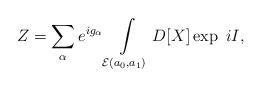
LaTeX: \begin{align*}Z = \sum\limits_{\alpha}e^{ig_{\alpha}} \int\limits_{{\cal E}(a_0,a_1)} D[X]\exp\ iI,\end{align*}